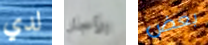
لدي الأجل بعض